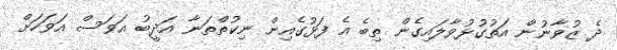
ދެ ޒުވާނުން އަތުގުޅުވާލައިގެން ތިބެ އެ ފަޅުގެއިން ނިކުތްތަނާ އަދީބު އަވަސް އަވަހަށް